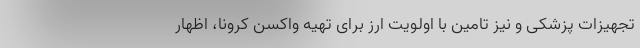
تجهیزات پزشکی و نیز تامین با اولویت ارز برای تهیه واکسن کرونا، اظهار